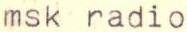
msk radio